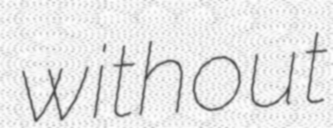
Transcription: without